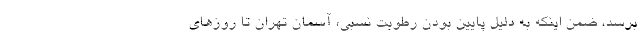
برسد، ضمن اینکه به دلیل پایین بودن رطوبت نسبی، آسمان تهران تا روزهای